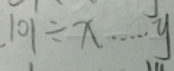
1 0 1 \div x \cdots y